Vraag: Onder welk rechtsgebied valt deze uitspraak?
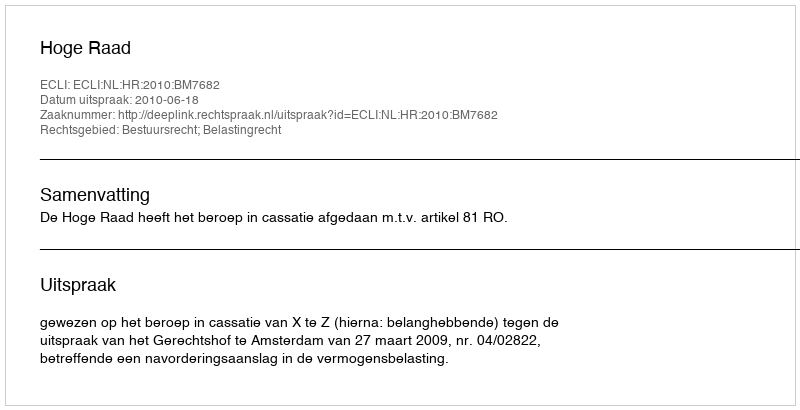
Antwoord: Bestuursrecht; Belastingrecht